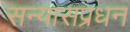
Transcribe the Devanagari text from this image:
सन्यासप्रधन